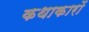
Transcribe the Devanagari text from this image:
कथाकारों